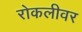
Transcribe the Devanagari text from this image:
रोकलीवर